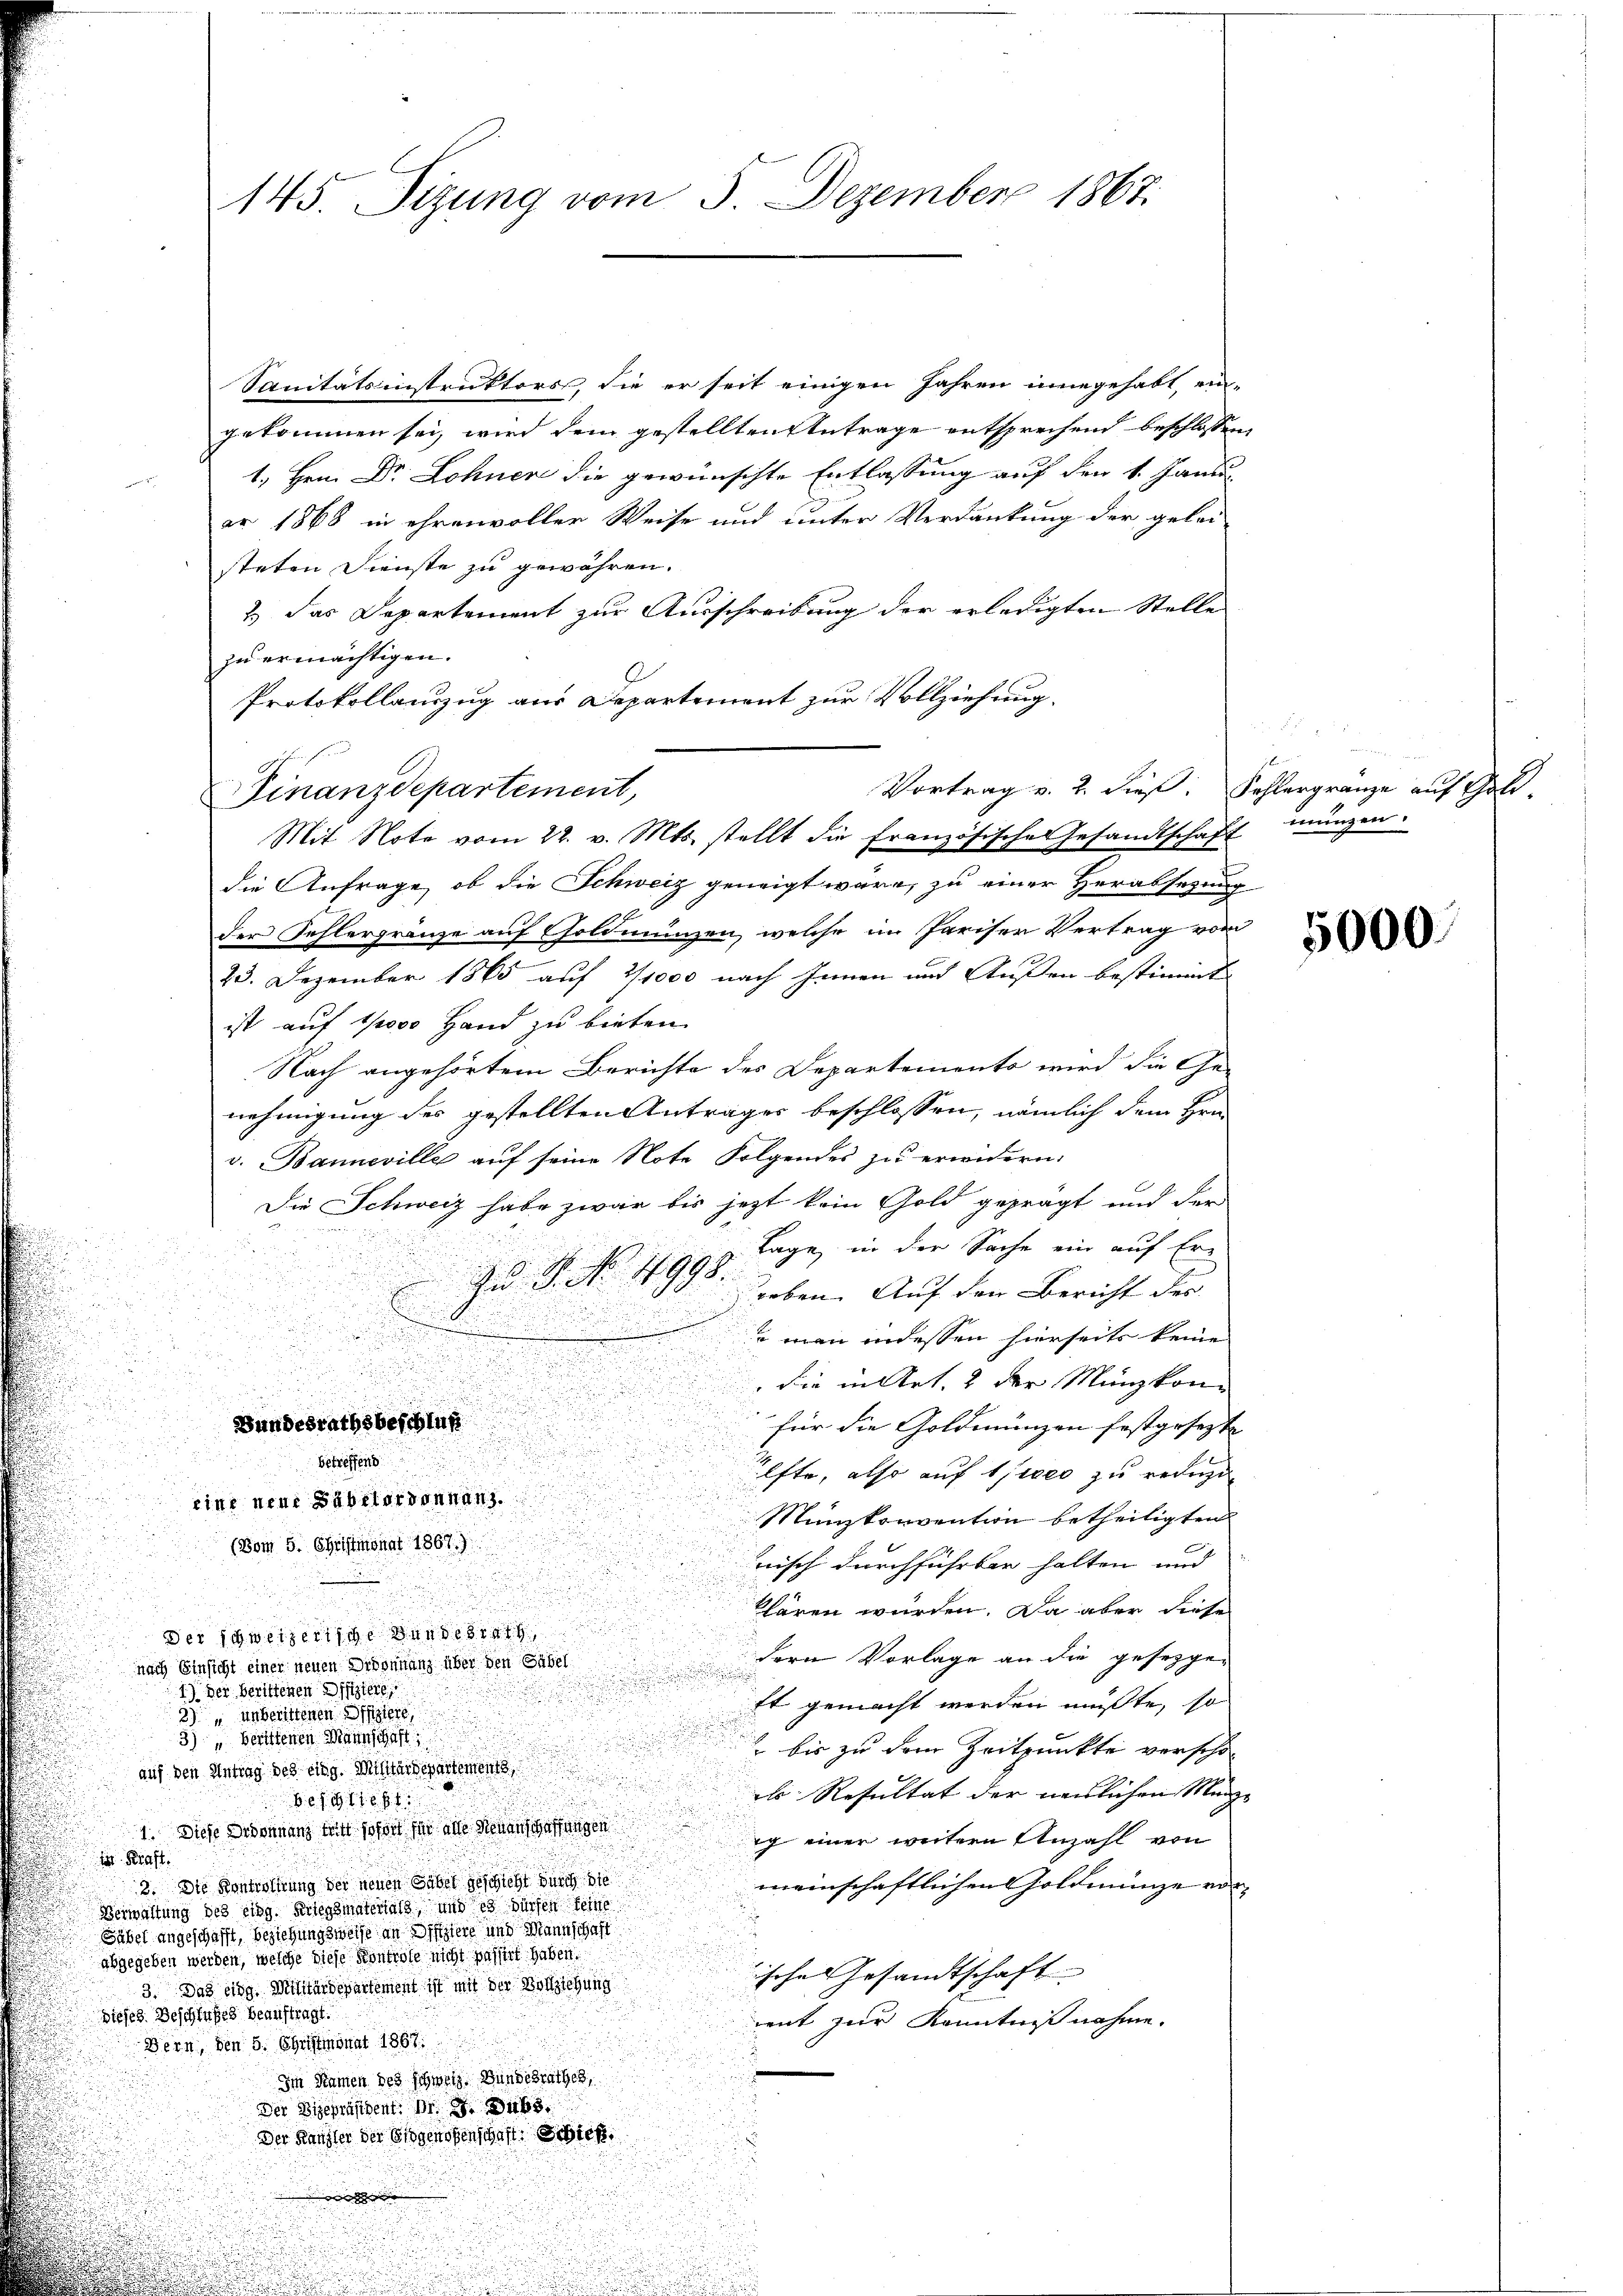
Sanitätsinstruktors, sie er seit einigen Jahren innegehabt, ein-
gekommen sei, wird dem gestellten Antrage entsprechend beschlossen,
1. Hrn. Dr Lohner die gewünschte Entlassung auf den 1. Janu
e
ar 1868 in ehrenvoller Weise und unter Verdankung der gelei-
steten Dienste zu gewähren.
2.) Das Departement zur Ausschreibung der erledigten Stelle
zu ermächtigen.
Protokollanzug aus Departement zur Vollziehung.
Mit Note vom 22. v. Mts. stellt die französische Gesandtschaft münzen.
die Anfrage, ob die Schweiz geneigt wäre, zu einer Herabsetzung
der Fehlergränze auf Goldmünzen, welche im Pariser Vertrag von
23. Dezember 1865 auf 2/1000 nach Innen und Außen bestimmt
ist auf 1000 Hand zu bieten.
Nach angehörtem Berichte des Departements wird die Ge-
nehmigung des gestellten Antrages beschlossen, nämlich dem Hrn.
v. Banneville auf seine Note Folgendes zu erwidern.
Die Schweiz habe zwar bis jezt kein Gold geprägt und der
Tage, in der Sache ein auf Er-
Zu §. No. 4998.
Soeben. Auf den Bericht der
 man in dessen hierseits keine
.
d
 die intert. 2 der Münzkon
n
Bundesrathsbeschluß
für die Goldmünzen festgesezt
betreffend
fte, also auf sie zu reingen
eine neue Säbelordonnanz.
Münzkonvention betheiligten
(vom 5. Christmonat 1867.)
nisch durchführbar halten und
klären würden. Da aber diese
Der Schweizertige Bundesrath
dern Vorlage an die gesetzge-
nach Einsicht einer neuen Ordinanz über den Säbel
1.) Der berittenen Offiziers,
ft gemacht werden müßte, so
39 unberittenen Offiziere
3) Berufenen Mannschaft
 bis zu dem Zeitpunkte verscho-
auf den Antrag des eing. Militärdepartements
els Resultat der neulichen Mange
Bs. 211
1. Diese Ordonnanz tritt sofort für alle Neuanschaffungen
ich einer weitere Anzahl von
 Kraft.
2. Die Kontrolirung der neuen Gabel geschieht durch die
meinschaftlichen Goldmünze vor¬
Verwaltung des eing. Kriegsmaterials und es dürfen seine
Säbel angeschafft, beziehungsweise an Difiziert und Mannschaft
abgegeben werden, welche diese Kontrolo nicht gester haben
ische Gesandtschaft |
3. Das eidg. Militärdepartement ist mit der Vollziehung
Dieses Beschlußes beauftragt.
ment zur Kenntniß nahme.
Bern, den 5. Christmonat 1867.
Im Namen des schweiz. Bundesrathes,
Der Vizepräsident: Dr. S. 3465.
Der Kanzler der Eidgenoßenschaft Schief
d

145. Sizung vom 5. Dezember 1867.

Finanzdepartement,

Vortrag v. 2. dieß. Fehlergränze auf Gold¬

5000